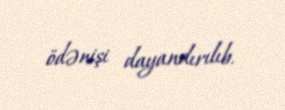
ödənişi dayandırılıb.